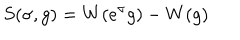
S ( \sigma , g ) = W ( e ^ { \sigma } g ) - W ( g )